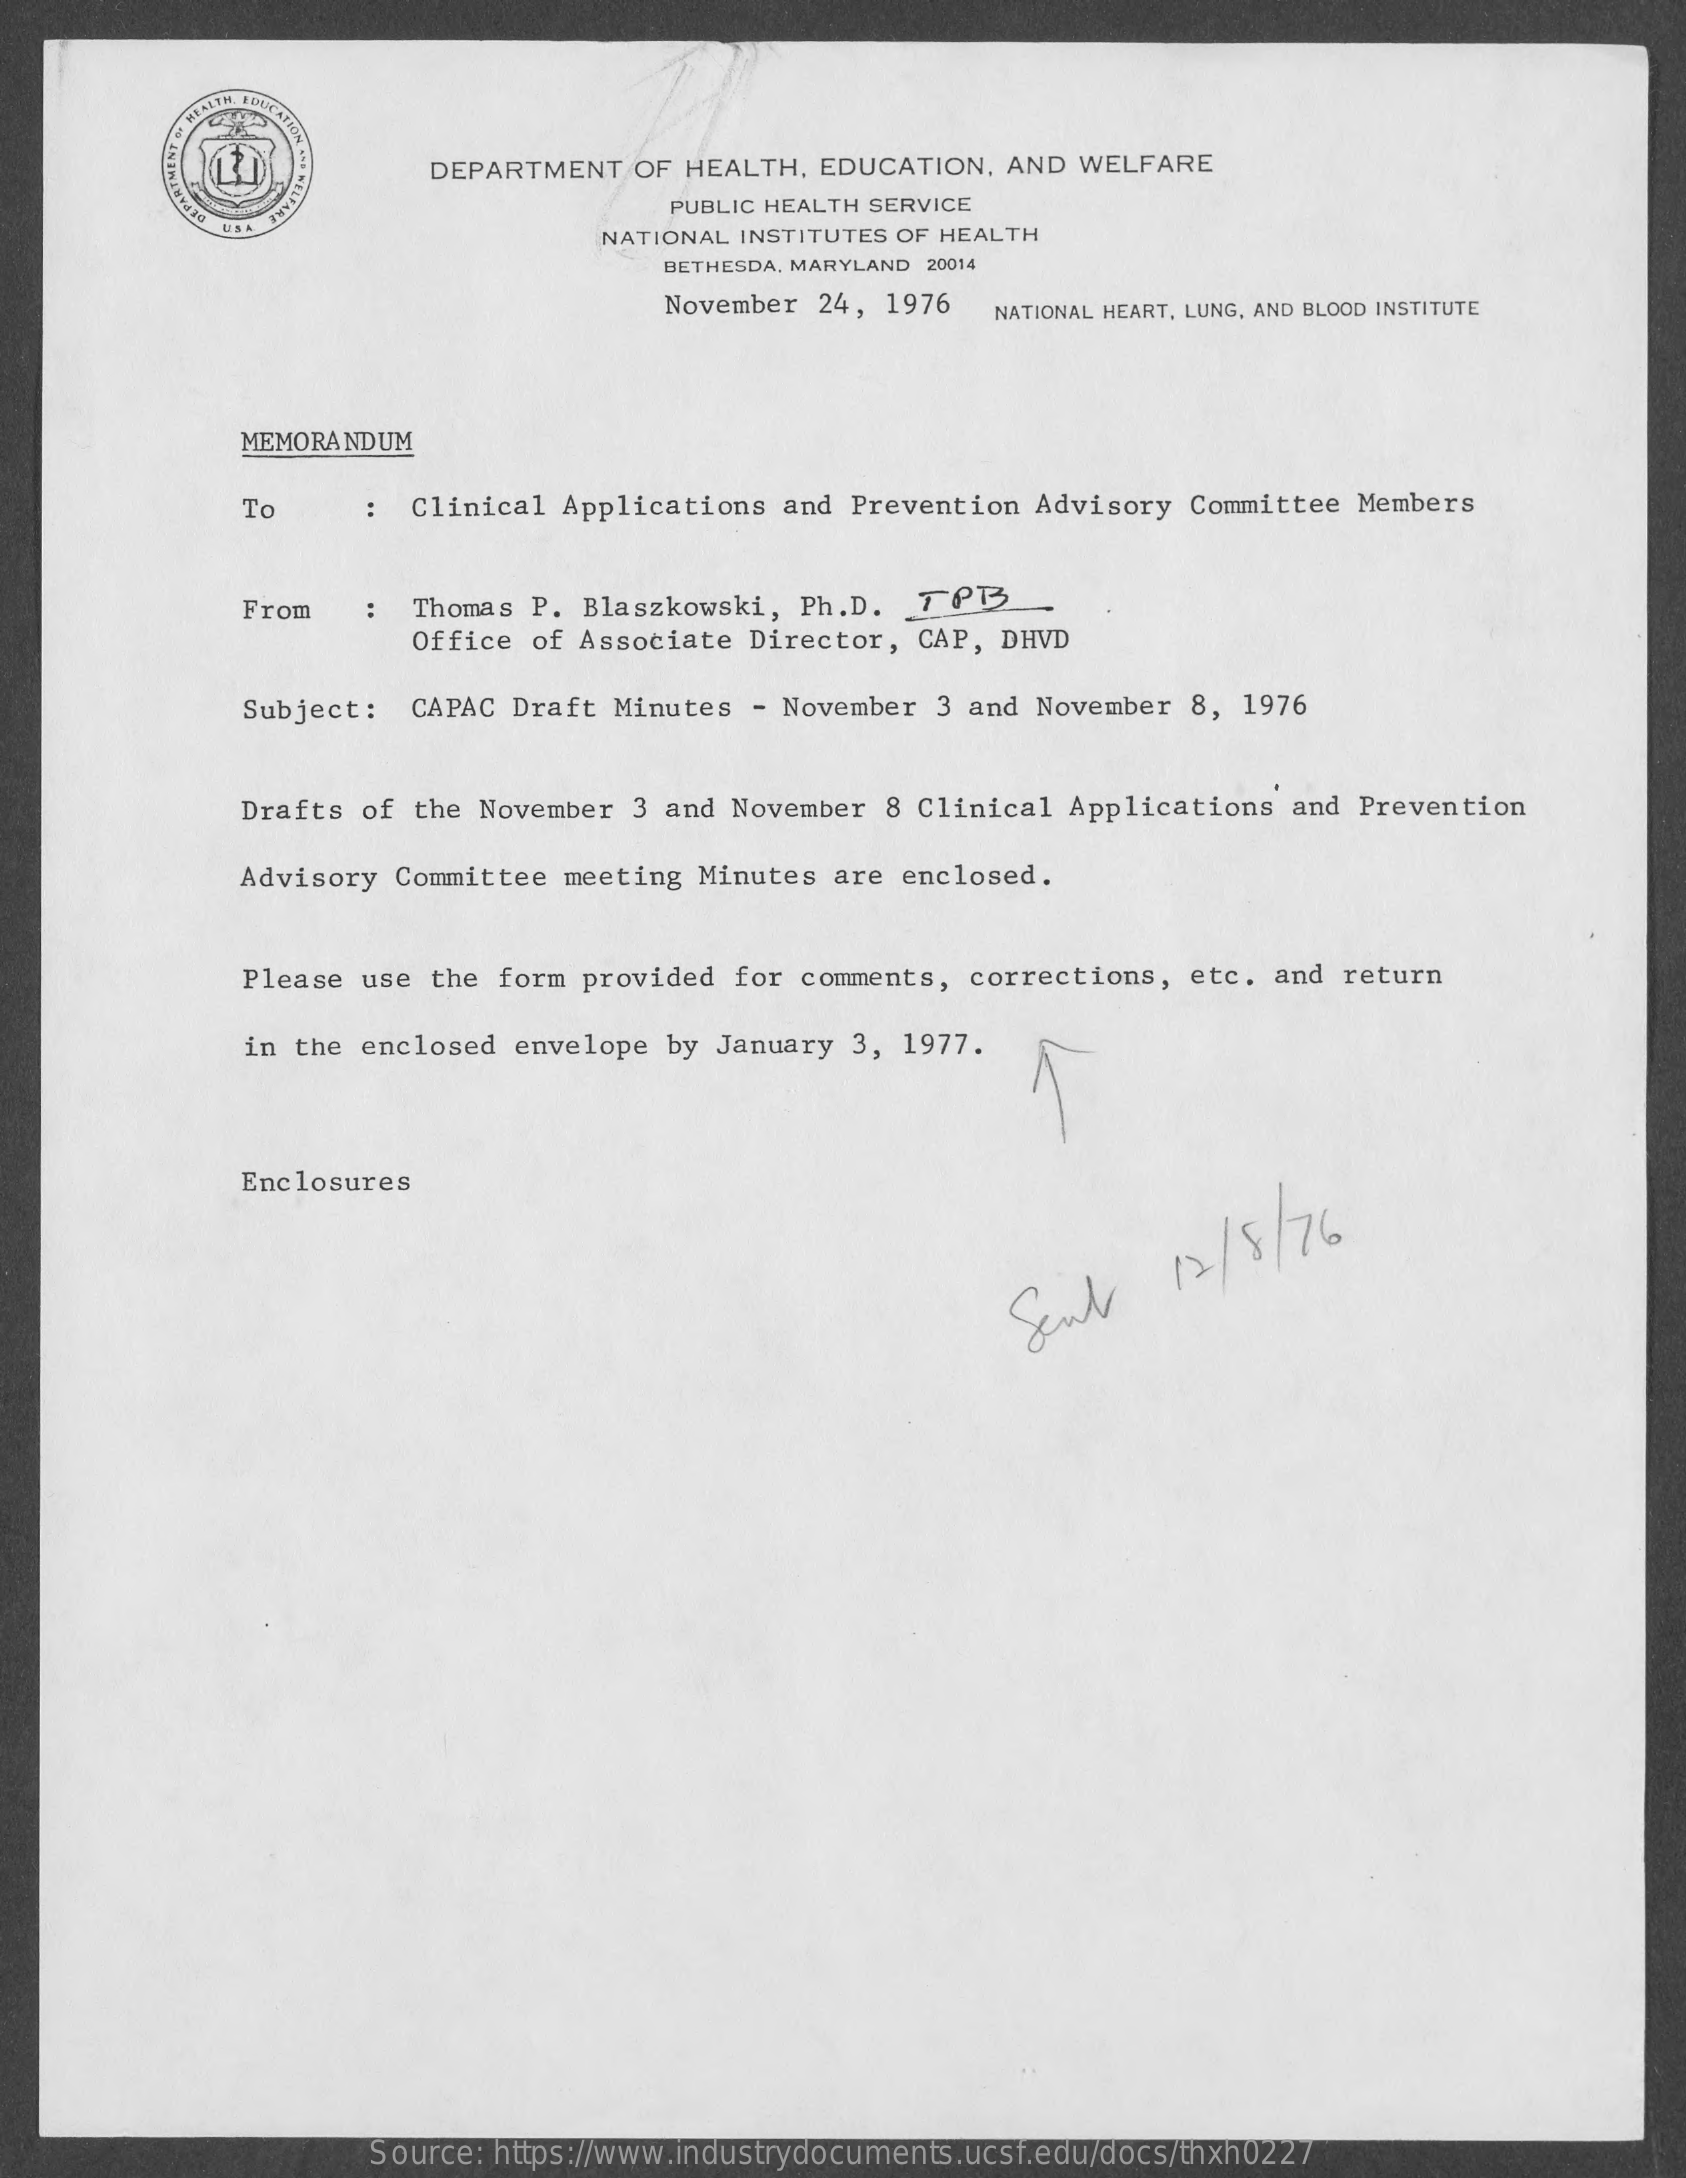
DEPARTMENT OF HEALTH, EDUCATION, AND WELFARE
     PUBLIC HEALTH SERVICE
     NATIONAL INSTITUTES OF HEALTH
     BETHESDA, MARYLAND 20014
     November 24, 1976 NATIONAL HEART, LUNG, AND BLOOD INSTITUTE
     MEMORANDUM
     To    Clinical Applications and Prevention Advisory Committee Members
     From  : Thomas P. Blaszkowski, Ph.D. TOB
     Office of Associate Director, CAP, DHVD
     Subject : CAPAC Draft Minutes - November 3 and November 8, 1976
     Drafts of the November 3 and November 8 Clinical Applications and Prevention
     Advisory Committee meeting Minutes are enclosed.
     Please use the form provided for comments, corrections, etc. and return
     in the enclosed envelope by January 3, 1977.
     Enclosures
     Sent
     12 / 8/76
     Source: https://www.industrydocuments.ucsf.edu/docs/thxh0227